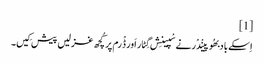
[1]
اِسکے باد بھُوپینْدْر نے سْپینِش گِٹار اَور ڈْرم پر کُچھ غزلیں پیش کِیں۔